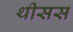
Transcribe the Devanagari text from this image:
थीसस